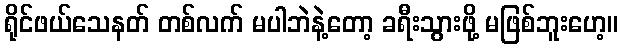
ရိုင်ဖယ်သေနတ် တစ်လက် မပါဘဲနဲ့တော့ ခရီးသွားဖို့ မဖြစ်ဘူးဟေ့။